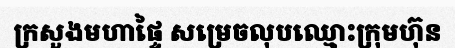
ក្រសួងមហាផ្ទៃ សម្រេចលុបឈ្មោះក្រុមហ៊ុន